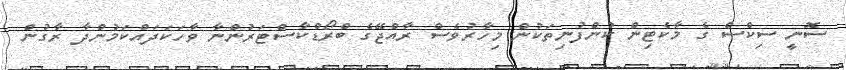
ސޮނީ ސިކްސް ގެ މާކެޓިން ކުންފުނިތަކުން މިހާރުވެސް ރާއްޖޭގެ ބްރޯޑްކާސްޓަރުންނާ ވާހަކަދައްކަމުންދާ ރާގުން